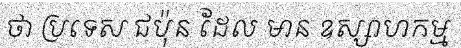
ថា ប្រទេស ជប៉ុន ដែល មាន ឧស្សាហកម្ម